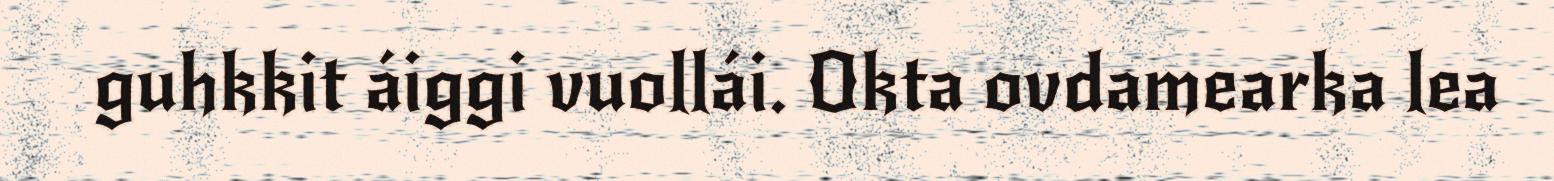
guhkkit áiggi vuollái. Okta ovdamearka lea